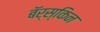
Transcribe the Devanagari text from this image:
बॅर्स्किन